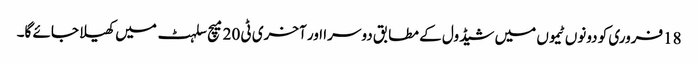
18فروری کو دونوں ٹیموں میں شیڈول کے مطابق دوسرا اور آخری ٹی 20 میچ سلہٹ میں کھیلا جائے گا۔